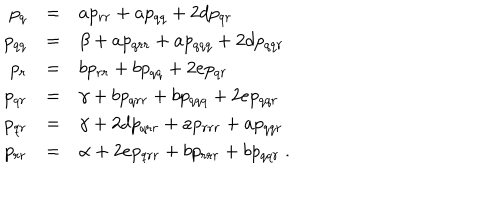
\begin{array} { r c l } { { p _ { q } } } & { { = } } & { { a p _ { r r } + a p _ { q q } + 2 d p _ { q r } } } \\ { { p _ { q q } } } & { { = } } & { { \beta + a p _ { q r r } + a p _ { q q q } + 2 d p _ { q q r } } } \\ { { p _ { r } } } & { { = } } & { { b p _ { r r } + b p _ { q q } + 2 e p _ { q r } } } \\ { { p _ { q r } } } & { { = } } & { { \gamma + b p _ { q r r } + b p _ { q q q } + 2 e p _ { q q r } } } \\ { { p _ { q r } } } & { { = } } & { { \gamma + 2 d p _ { q r r } + a p _ { r r r } + a p _ { q q r } } } \\ { { p _ { r r } } } & { { = } } & { { \alpha + 2 e p _ { q r r } + b p _ { r r r } + b p _ { q q r } \ . } } \\ \end{array}